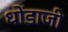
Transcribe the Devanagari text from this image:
धोंडाजी